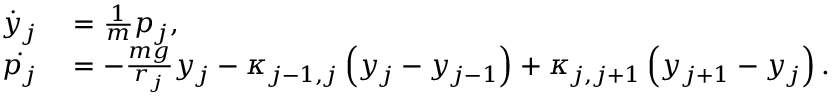
\begin{array} { r l } { \dot { y } _ { j } } & { { } = \frac { 1 } { m } p _ { j } , } \\ { \dot { p _ { j } } } & { { } = - \frac { m g } { r _ { j } } y _ { j } - \kappa _ { j - 1 , j } \left( y _ { j } - y _ { j - 1 } \right) + \kappa _ { j , j + 1 } \left( y _ { j + 1 } - y _ { j } \right) . } \end{array}